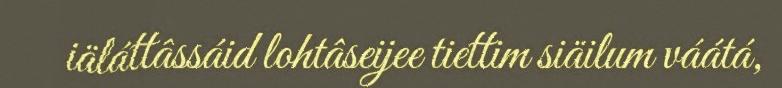
iäláttâssáid lohtâseijee tiettim siäilum váátá,